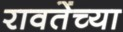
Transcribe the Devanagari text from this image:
रावतेंच्या